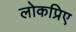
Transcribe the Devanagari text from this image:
लोकप्रिए